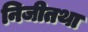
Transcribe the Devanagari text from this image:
निजीतथा